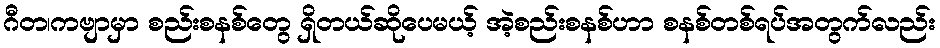
ဂီတ၊ကဗျာမှာ စည်းစနစ်တွေ ရှိတယ်ဆိုပေမယ့် အဲ့စည်းစနစ်ဟာ စနစ်တစ်ရပ်အတွက်လည်း